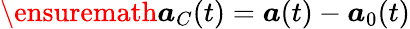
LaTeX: \ensuremath{\boldsymbol{a}}_{C}(t)=\boldsymbol{a}(t)-\boldsymbol{a}_{0}(t)